Report on vaccination in the Province of Bengal - 1869-1873
Year: 1869
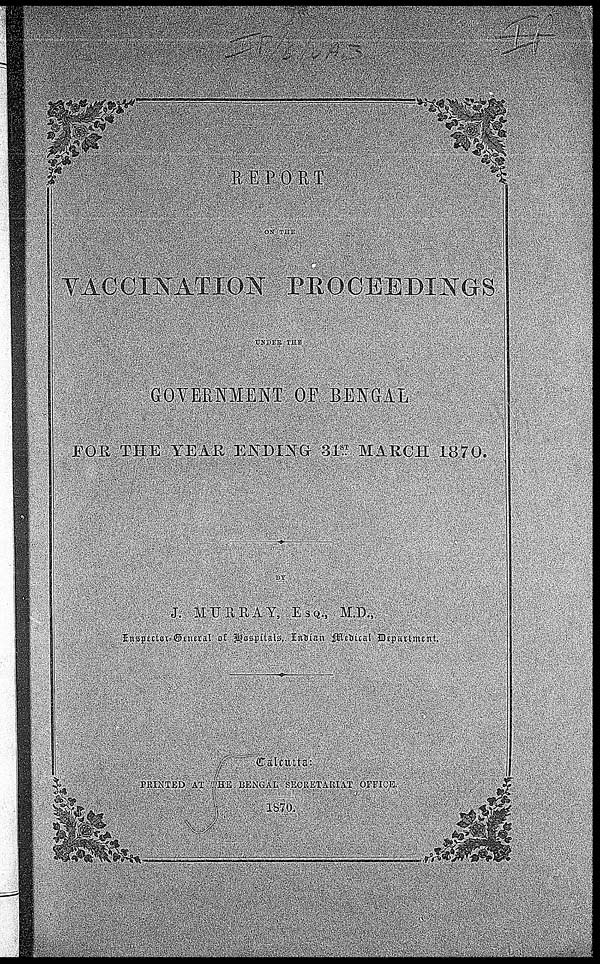
REPORT
ON THE
VACCINATION
PROCEEDINGS
UNDER THE
GOVERNMENT OF BENGAL
FOR THE YEAR ENDING 31st MARCH 1870.
BY
J. MURRAY, ESQ., M.D.,
Inspector Genaral of Hospitals, Indian Medical Department.
Calcutta:
PRINTED AT THE BENGAL SECRETARIAT OFFICE.
1870.